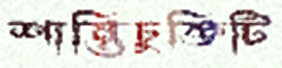
শান্তিচুক্তিটি